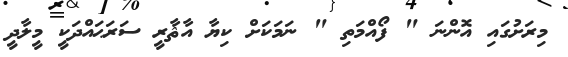
މިރަށުގައި އޮންނަ " ފޯއްމަތި " ނަމަކަށް ކިޔާ އާޘާރީ ސަރަޙައްދަކީ މީލާދީ